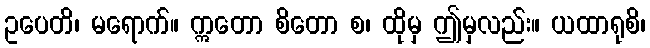
ဥပေတိ၊ မရောက်။ ဣတော စိတော စ၊ ထိုမှ ဤမှလည်း။ ယထာရုစိ၊